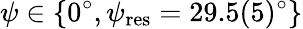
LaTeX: \psi\in\{ 0^{\circ},\psi_{\mathrm{res}}=29.5(5)^{\circ}\}